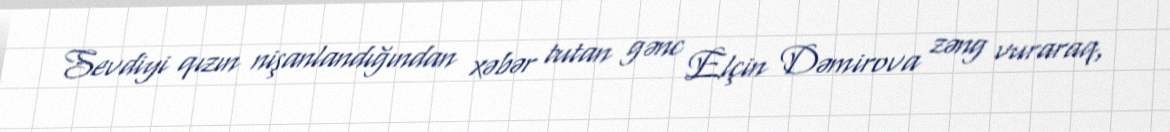
Sevdiyi qızın nişanlandığından xəbər tutan gənc Elçin Dəmirova zəng vuraraq,